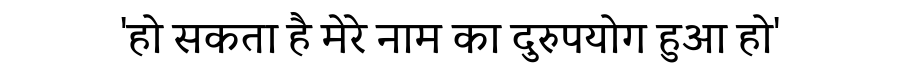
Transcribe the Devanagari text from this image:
'हो सकता है मेरे नाम का दुरुपयोग हुआ हो'